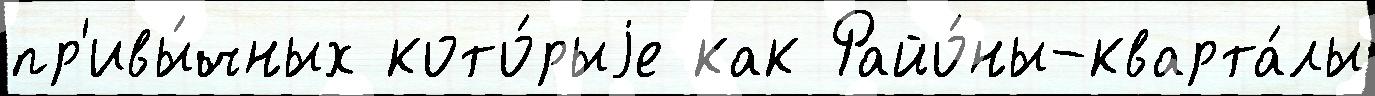
пр'ивы́чных кото́рыjе как Райо́ны-кварта́лы